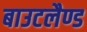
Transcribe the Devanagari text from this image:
बाउटलैण्ड